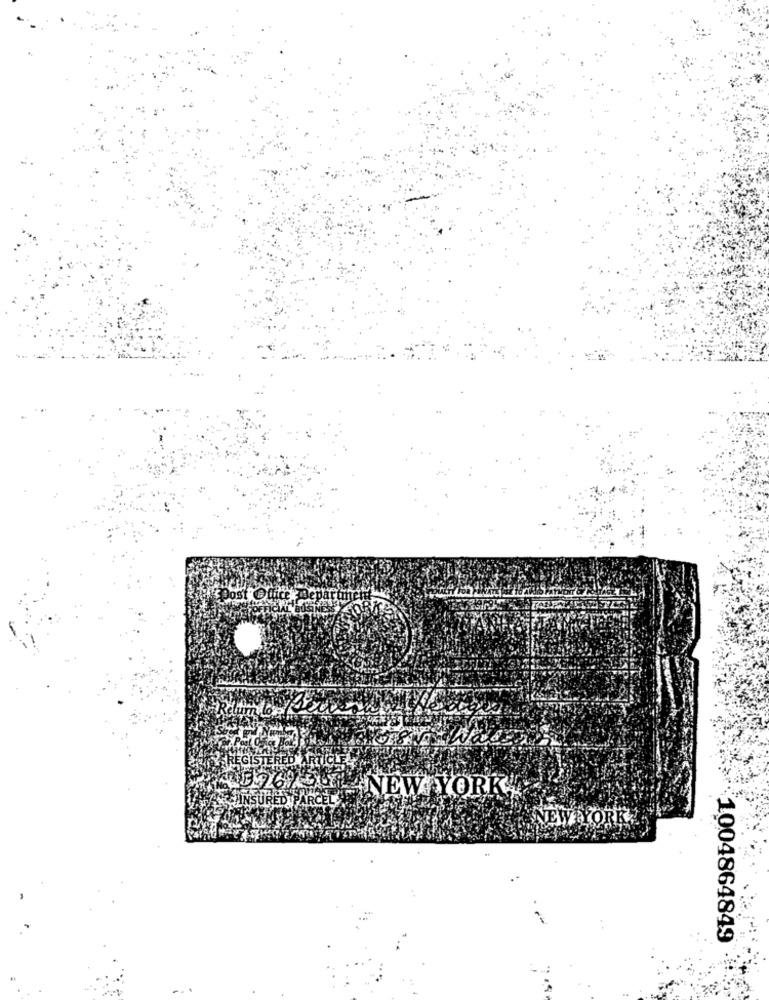
Ret
REGISTERED
RUICLE
SNEW YORK
DYPARCE
1004864849